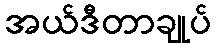
အယ်ဒီတာချုပ်